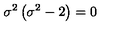
\sigma ^ { 2 } \left( \sigma ^ { 2 } - 2 \right) = 0